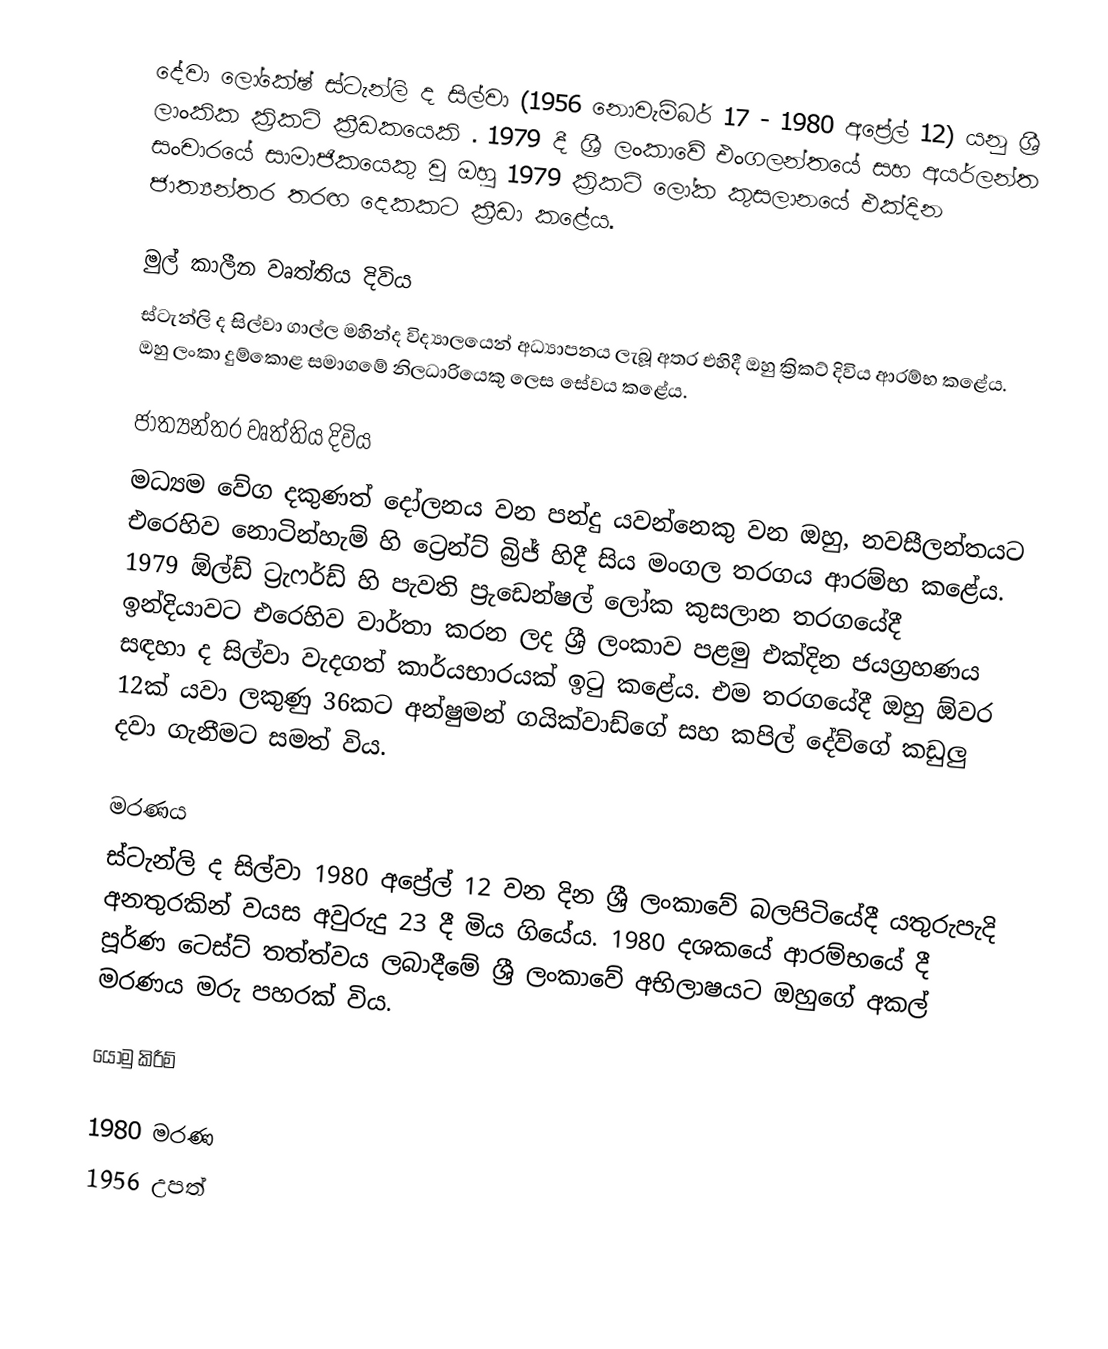
දේවා ලෝකේෂ් ස්ටැන්ලි ද සිල්වා (1956 නොවැම්බර් 17 - 1980 අප්‍රේල් 12) යනු ශ්‍රී ලාංකික ක්‍රිකට් ක්‍රීඩකයෙකි . 1979 දී ශ්‍රී ලංකාවේ එංගලන්තයේ සහ අයර්ලන්ත සංචාරයේ සාමාජිකයෙකු වූ ඔහු 1979 ක්‍රිකට් ලෝක කුසලානයේ එක්දින ජාත්‍යන්තර තරඟ දෙකකට ක්‍රීඩා කළේය.

මුල් කාලීන වෘත්තිය දිවිය
ස්ටැන්ලි ද සිල්වා ගාල්ල මහින්ද විද්‍යාලයෙන් අධ්‍යාපනය ලැබූ අතර එහිදී ඔහු ක්‍රිකට් දිවිය ආරම්භ කළේය. ඔහු ලංකා දුම්කොළ සමාගමේ නිලධාරියෙකු ලෙස සේවය කළේය.

ජාත්‍යන්තර වෘත්තිය දිවිය
මධ්‍යම වේග දකුණත් දෝලනය වන පන්දු යවන්නෙකු වන ඔහු, නවසීලන්තයට එරෙහිව නොටින්හැම් හි ට්‍රෙන්ට් බ්‍රිජ් හිදී සිය මංගල  තරගය ආරම්භ කළේය. 1979 ඕල්ඩ් ට්‍රැෆර්ඩ් හි පැවති ප්‍රුඩෙන්ෂල් ලෝක කුසලාන තරගයේදී ඉන්දියාවට එරෙහිව වාර්තා කරන ලද ශ්‍රී ලංකාව පළමු එක්දින ජයග්‍රහණය සඳහා ද සිල්වා වැදගත් කාර්යභාරයක් ඉටු කළේය.  එම තරගයේදී ඔහු ඕවර 12ක් යවා ලකුණු 36කට අන්ෂුමන් ගයික්වාඩ්ගේ සහ කපිල් දේව්ගේ කඩුලු දවා ගැනීමට සමත් විය.

මරණය
ස්ටැන්ලි ද සිල්වා 1980 අප්‍රේල් 12 වන දින ශ්‍රී ලංකාවේ බලපිටියේදී යතුරුපැදි අනතුරකින් වයස අවුරුදු 23 දී මිය ගියේය. 1980 දශකයේ ආරම්භයේ දී පූර්ණ ටෙස්ට් තත්ත්වය ලබාදීමේ ශ්‍රී ලංකාවේ අභිලාෂයට ඔහුගේ අකල් මරණය මරු පහරක් විය.

යොමු කිරීම්

1980 මරණ
1956 උපත්